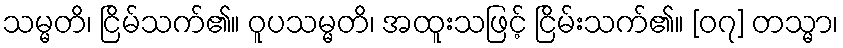
သမ္မတိ၊ ငြိမ်သက်၏။ ဝူပသမ္မတိ၊ အထူးသဖြင့် ငြိမ်းသက်၏။ [၀၇] တသ္မာ၊